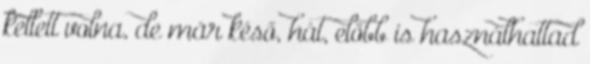
kellett volna, de már késő, hát, előbb is használhattad